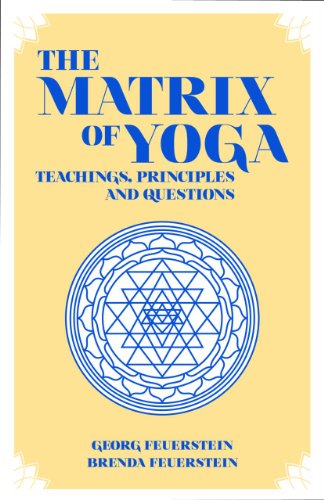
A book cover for The Matrix of Yoga: Teachings, Principles and Questions; Georg Feuerstein; Religion & Spirituality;